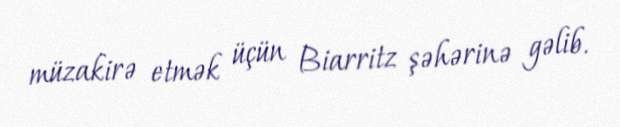
müzakirə etmək üçün Biarritz şəhərinə gəlib.